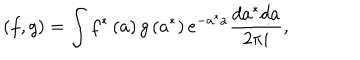
\left( f , g \right) = \int f ^ { \ast } \left( a \right) g \left( a ^ { \ast } \right) e ^ { - a ^ { \ast } a } \frac { d a ^ { \ast } d a } { 2 \pi i } ,